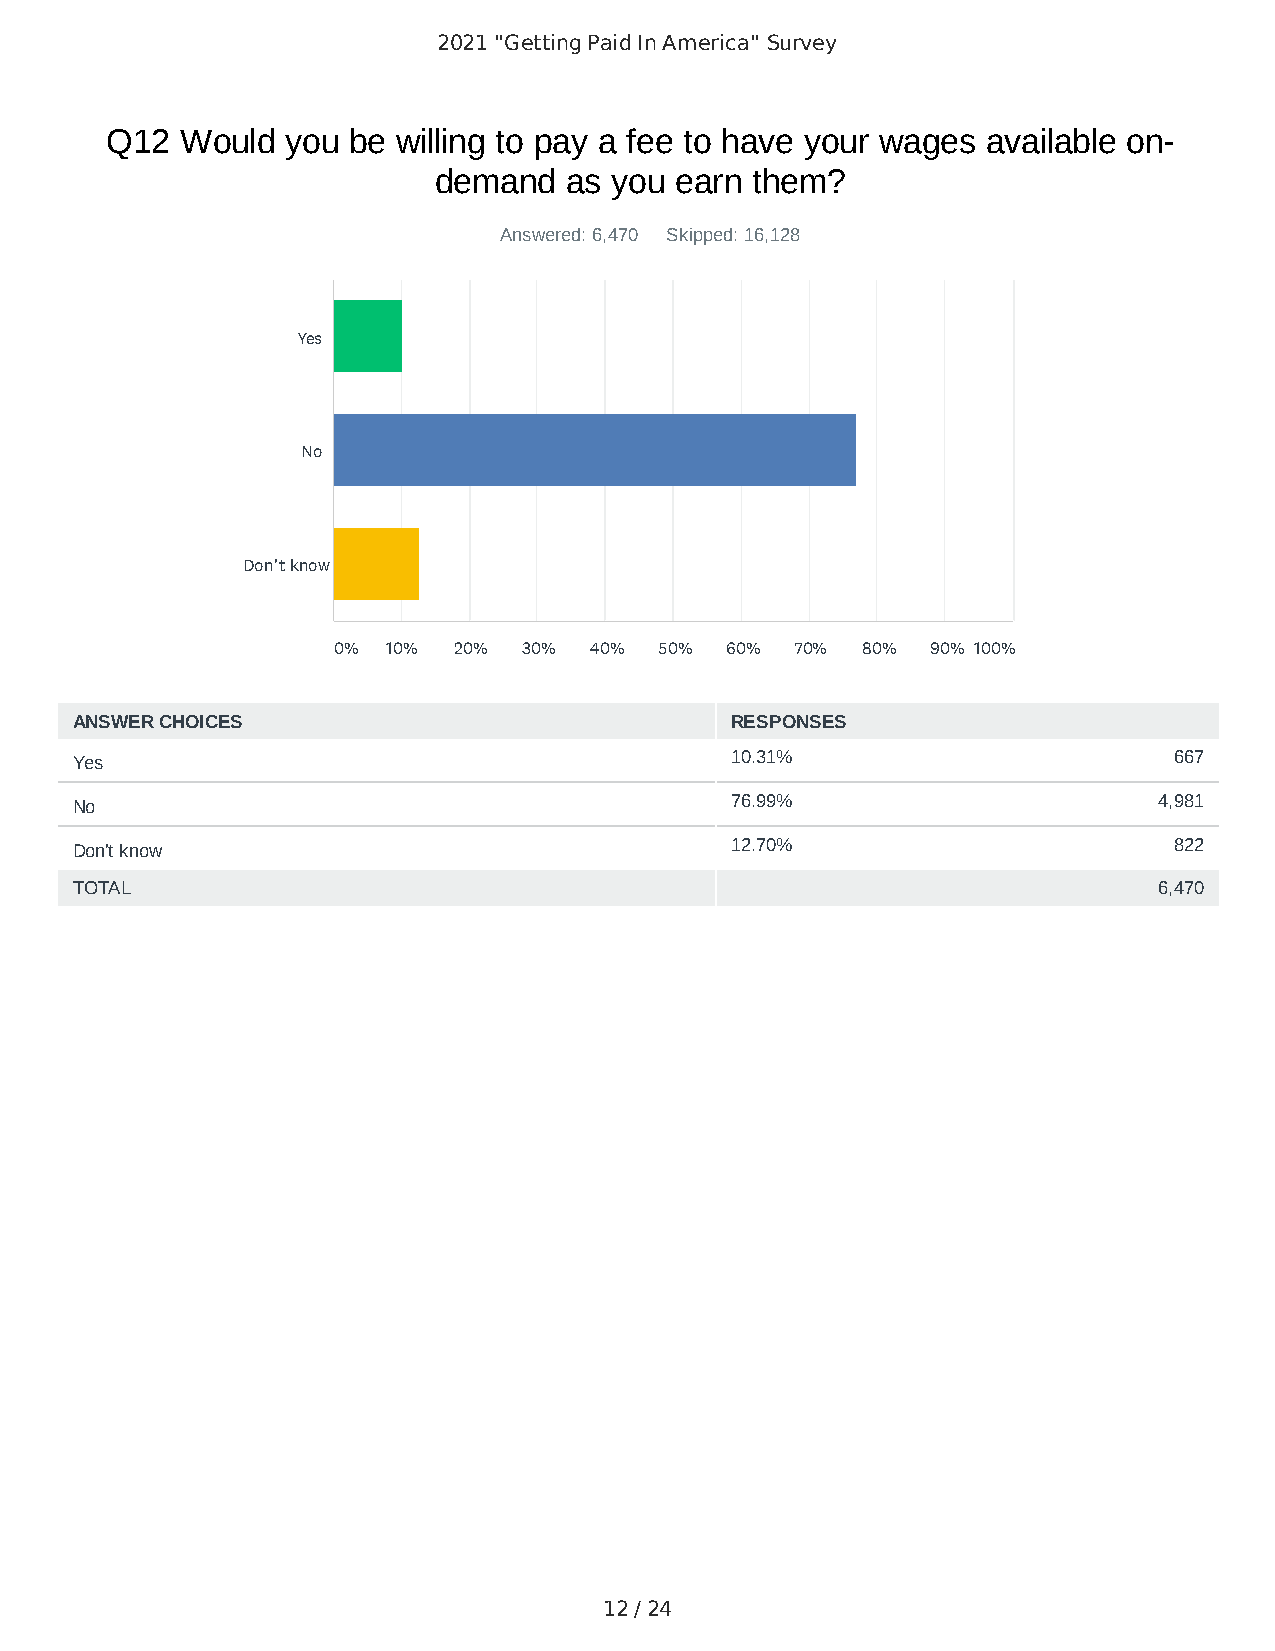
2021 "Getting Paid In America" Survey
 Q12  Would  you be willing to pay a fee to have your wages available on-
 demand  as you  earn them?
 Answered: 6,470 Skipped: 16,128
 Yes
 No
 Don't know
 0%  10% 20%  30% 40%  50% 60%  70% 80%  90% 100%
 ANSWER CHOICES                             RESPONSES
 Yes                                        10.31%                        667
 No                                         76.99%                       4,981
 Don't know                                 12.70%                        822
 TOTAL                                                                   6,470
 12 / 24